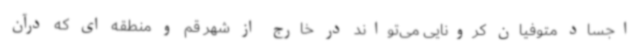
اجساد متوفیان کرونایی می‌تواند در خارج از شهر قم و منطقه ای که درآن